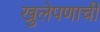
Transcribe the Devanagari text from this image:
खुलेपणाची